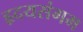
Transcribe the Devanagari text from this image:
हृदयसंगम